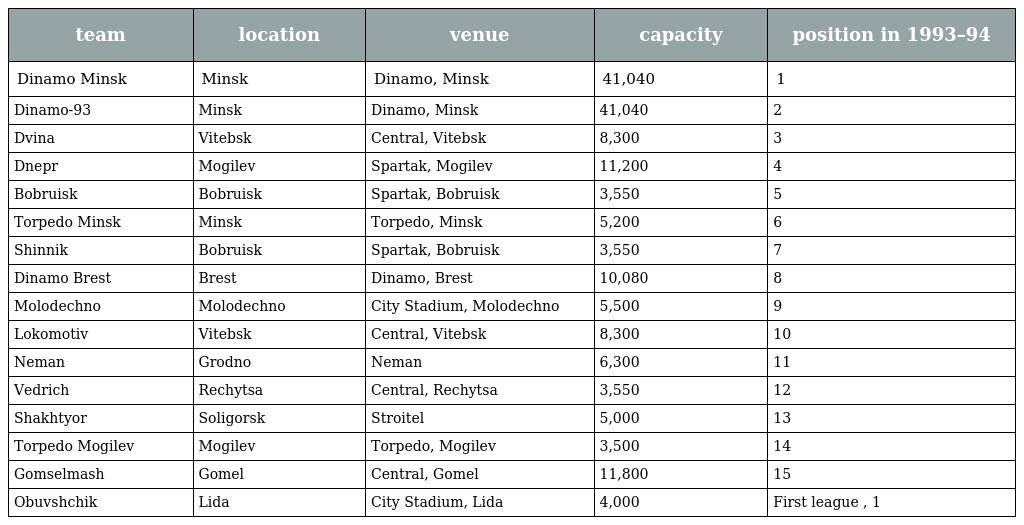
| team | location | venue | capacity | position in 1993–94 |
 | --- | --- | --- | --- | --- |
 | Dinamo Minsk | Minsk | Dinamo, Minsk | 41,040 | 1 |
 | Dinamo-93 | Minsk | Dinamo, Minsk | 41,040 | 2 |
 | Dvina | Vitebsk | Central, Vitebsk | 8,300 | 3 |
 | Dnepr | Mogilev | Spartak, Mogilev | 11,200 | 4 |
 | Bobruisk | Bobruisk | Spartak, Bobruisk | 3,550 | 5 |
 | Torpedo Minsk | Minsk | Torpedo, Minsk | 5,200 | 6 |
 | Shinnik | Bobruisk | Spartak, Bobruisk | 3,550 | 7 |
 | Dinamo Brest | Brest | Dinamo, Brest | 10,080 | 8 |
 | Molodechno | Molodechno | City Stadium, Molodechno | 5,500 | 9 |
 | Lokomotiv | Vitebsk | Central, Vitebsk | 8,300 | 10 |
 | Neman | Grodno | Neman | 6,300 | 11 |
 | Vedrich | Rechytsa | Central, Rechytsa | 3,550 | 12 |
 | Shakhtyor | Soligorsk | Stroitel | 5,000 | 13 |
 | Torpedo Mogilev | Mogilev | Torpedo, Mogilev | 3,500 | 14 |
 | Gomselmash | Gomel | Central, Gomel | 11,800 | 15 |
 | Obuvshchik | Lida | City Stadium, Lida | 4,000 | First league , 1 |